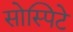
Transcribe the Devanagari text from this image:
सोस्पिटे